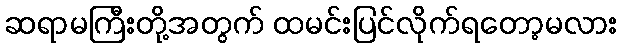
ဆရာမကြီးတို့အတွက် ထမင်းပြင်လိုက်ရတော့မလား